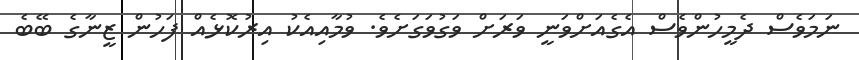
ނަމަވެސް ދެމީހުންވެސް އެގެއަށްވަނީ ވަރަށް ވަގުވަގަށެވެ. ވުމާއިއެކު އިރުކޮޅެއް ފަހުން ޒީނާގެ ބޭބެ